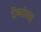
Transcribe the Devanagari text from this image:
टेंब्यांसह